Leaving Certificate Examination, 1920
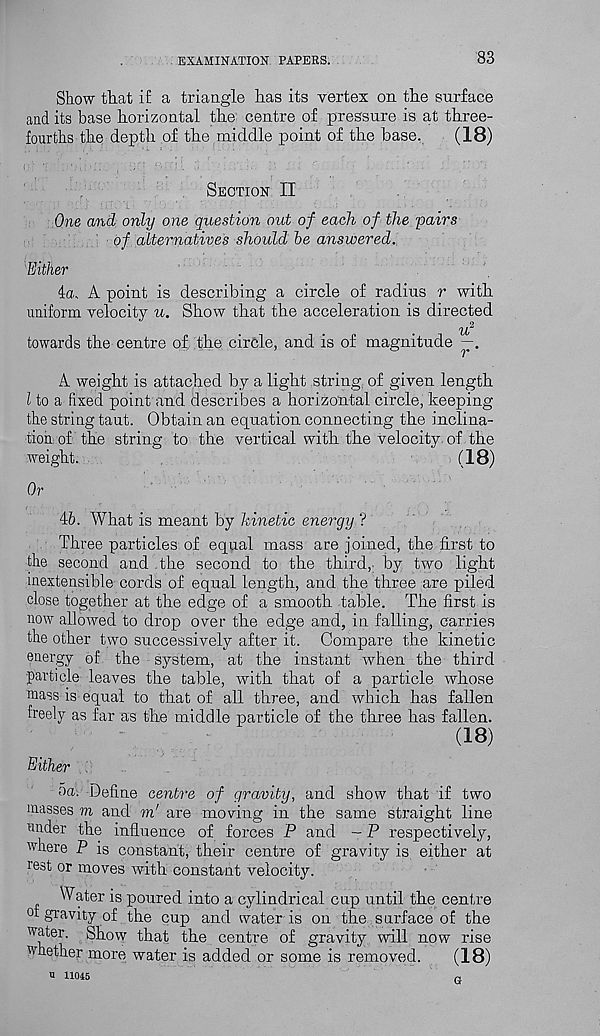
EXAMINATION PAPERS.
83
Show that if a triangle has its vertex on the surface
and its base horizontal the centre of pressure is at three-
fourths the depth of the middle point of the base.
(18)
Section II
One and only one question out of each of the pairs
of alternatives should be answered.
'Either
4a. A point is describing a circle of radius r with
uniform velocity u. Show that the acceleration is directed
towards the centre of the circle, and is of magnitude
A weight is attached by a light string, of given length
l to a fixed point and describes a horizontal circle, keeping
the string taut. Obtain an equation connecting the inclina-
tion of the string to the vertical with the velocity, of the
weight.
(18)
Or
46. What is meant by kinetic energy ?
Three particles of equal mass are joined, the first to
the second and the second to the third, by two light
inextensible cords of equal length, and the three are piled
close together at the edge of a smooth table. The first is
now allowed to drop over the edge and, in falling, carries
the other two successively after it. Compare the kinetic
energy of the system, at the instant when the third
particle leaves the table, with that of a particle whose
mass is equal to that of all three, and which has fallen
freely as far as the middle particle of the three has fallen.
(18)
Either l
oa. Define centre of gravity, and show that if two
masses m and m’ are moving in the same straight line
under the influence of forces P and - P respectively,
where P is constant, their centre of gravity is either at
rest or moves with constant velocity.
Water is poured into a cylindrical cup until the centre
of gravity of the cup and water is on the s urface of the
water. Show that the centre of gravity will now rise
whether more water is added or some is removed.
(IB)
u 11045
r